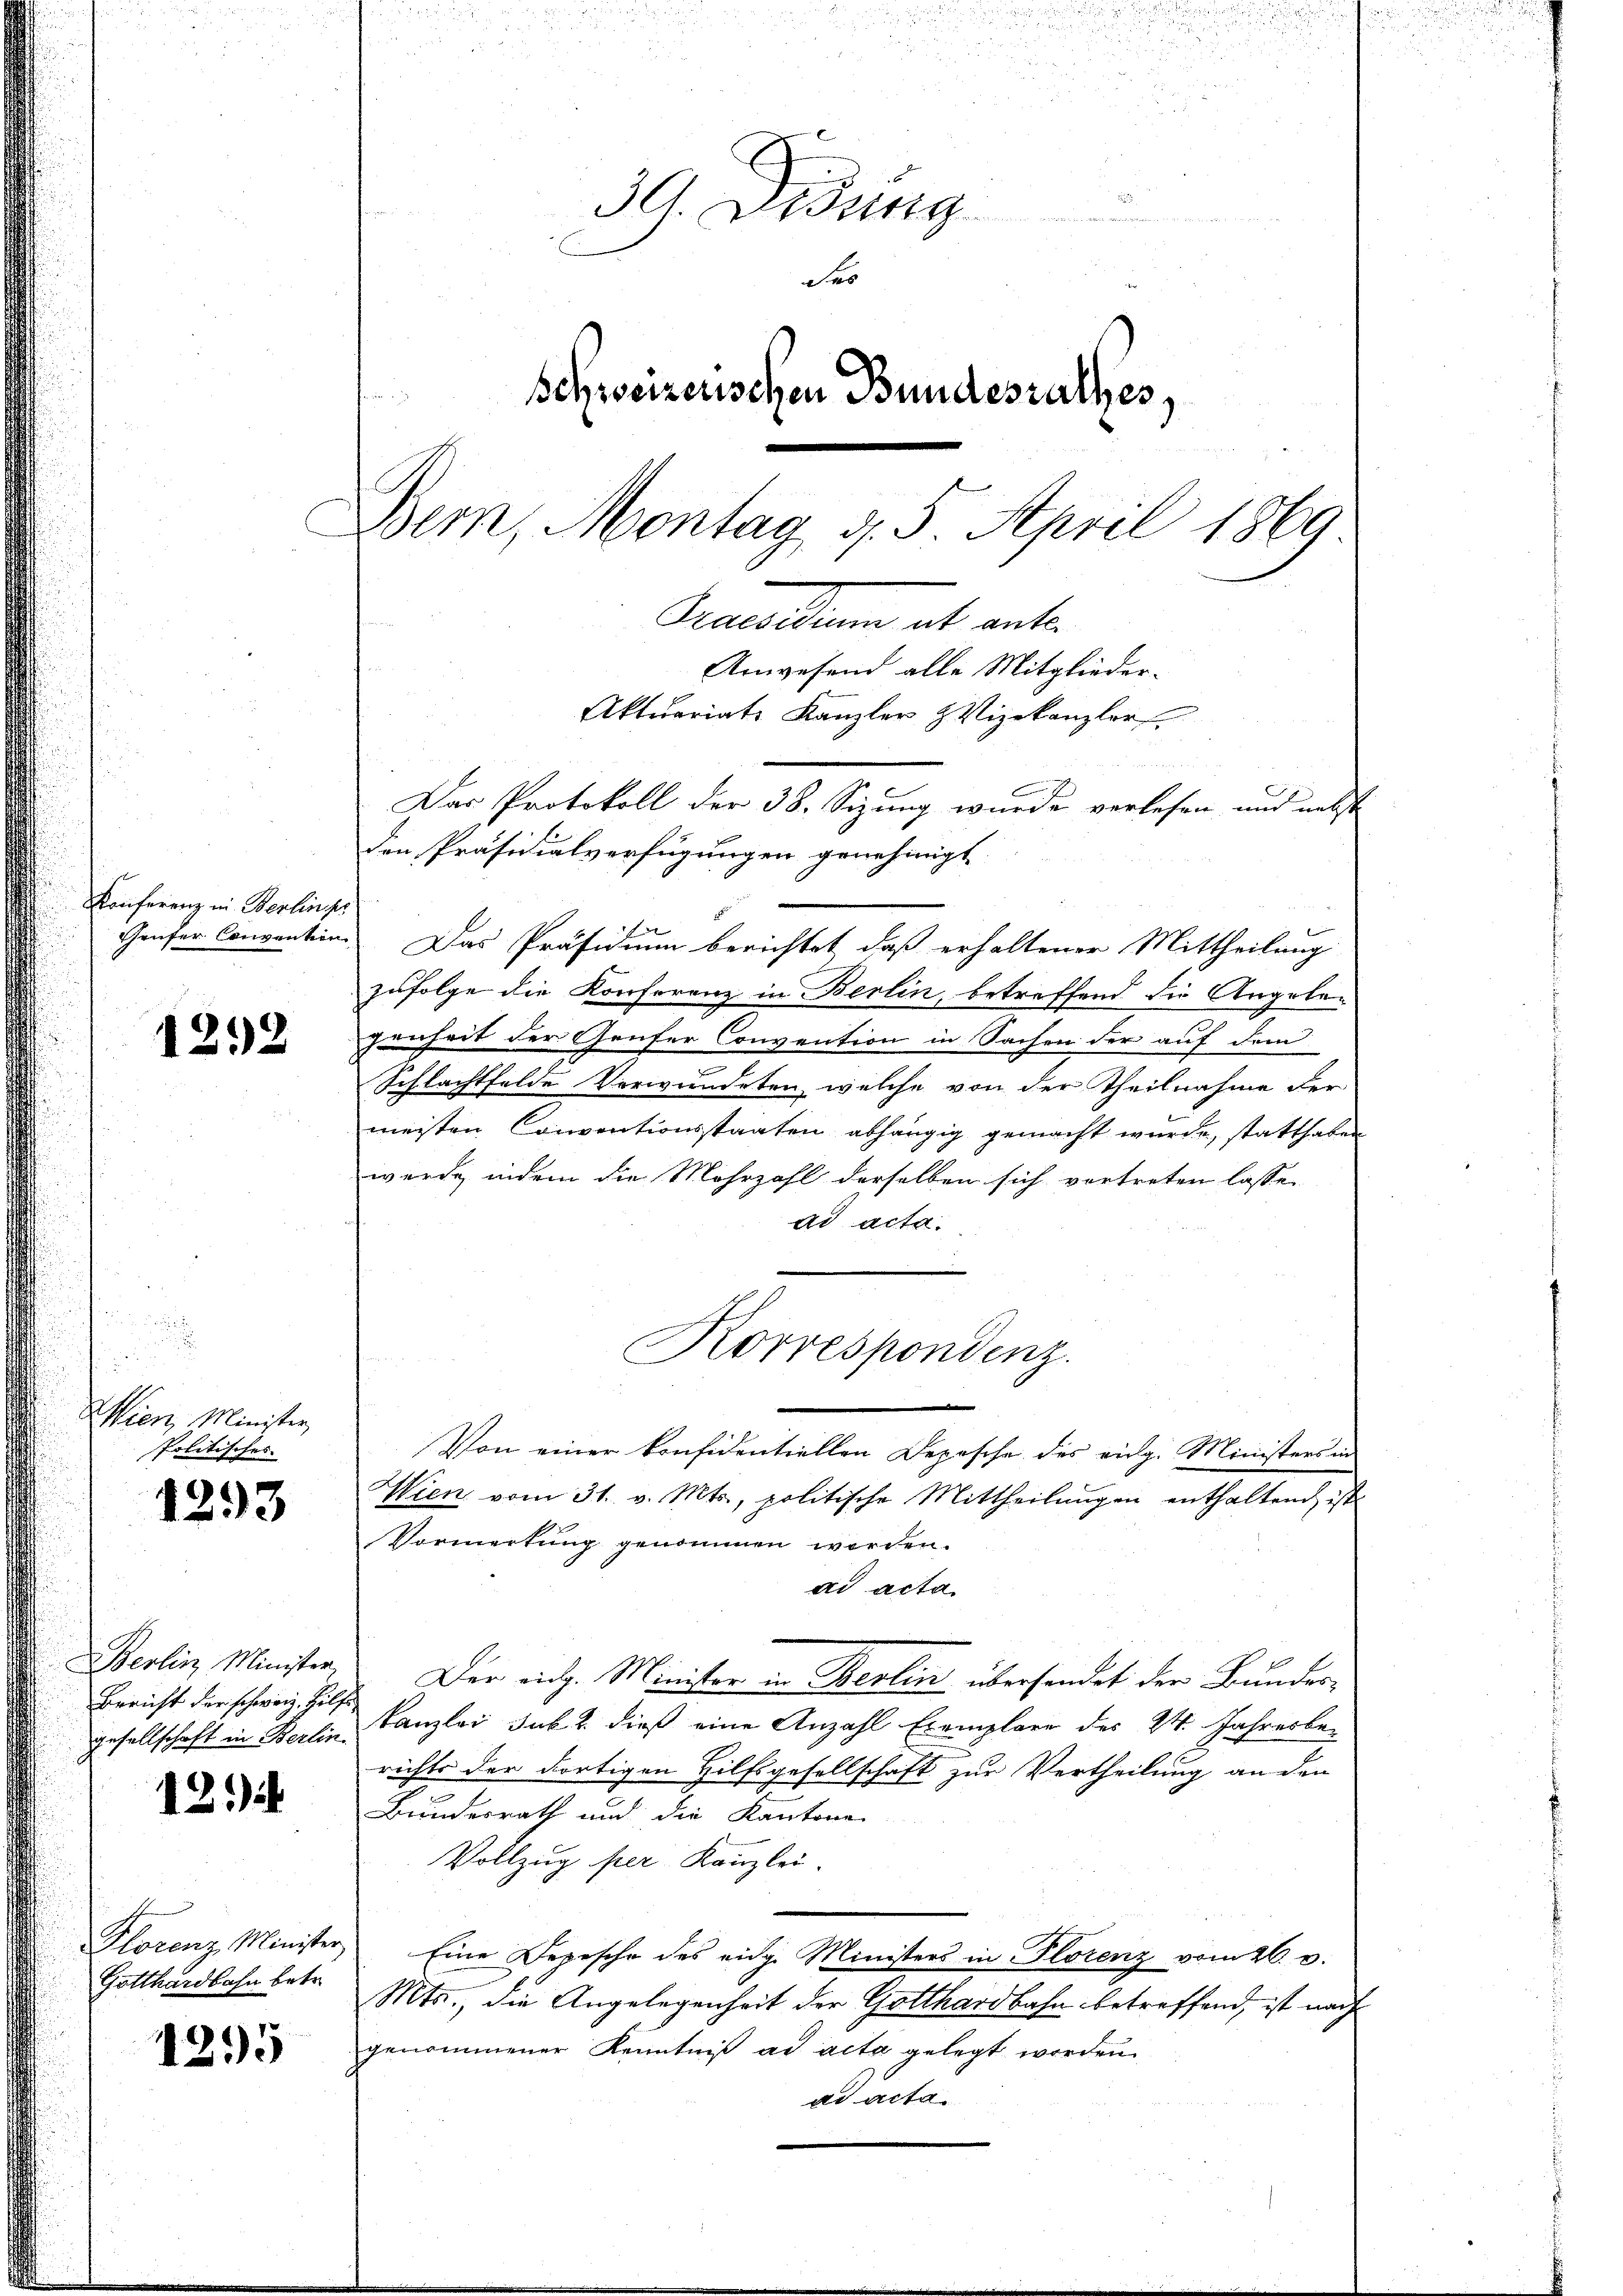
Konferenz in Berlinsper
Geufer Convention

1292

Wien, Minister,
Politisches

1293

Berlin Minister
Bericht der schweiz. Hilfe

121)

Florenz Minister
Gotthardbahn betr.

1295

30. Didung
des
Schweizerischen Bundesrathes,
Bern, Montag d. 5. April 1869
Anwaltung ab ante
Anwesend alle Mitglieder-
Aktuariats Kanzler Vizekanzlor
Das Protokoll der 38. Sizung wurde verlesen und nebst
den Präsidialverfügungen genehmigt.

Das Präsidium berichtet, daß erhaltener Mittheilung
zufolge die Konferenz in Berlin, betreffend die Angelegenheit der Genfer Convention in Sachen der auf dem
Schlachtfelde Verwundeten, welche von der Theilnahme der
meisten Conventionsstaaten abhängig gemacht wurde, statthaben
werde, indem die Mehrzahl derselben sich vortreten lasse,
ad acta.
Wien vom 31. v. Mts, politische Mittheilŭngen enthaltend ist
Vormerkung genommen worden.
ad acta
Der eidg. Minister in Berlin übersendet der Bundesgesellschaft in Berlin, Canzlei sub. 2. dieß eine Anzahl Exemplare des 24. Jahresberichts der dortigen Hilfsgesellschaft zur Vertheilung an den
Bundesrath und die Kantone
Vollzug per Kanzlei.
Eine Depesche des eidg. Ministers in Florenz vom 26. d.
Mts., die Angelegenheit der Gotthardbahn betreffend, ist nach
genommener Kenntniß ad acta gelegt worden.
ad acta

Korrespondenz.
Von einer konfidentiellen Depesche des eidg. Ministers in